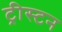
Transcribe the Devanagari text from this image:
ट्रीस्टन